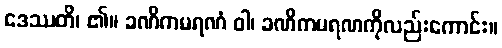
ဒေဿတိ၊ ၏။ ခဏိကမရဏံ ဝါ၊ ခဏိကမရဏကိုလည်းကောင်း။